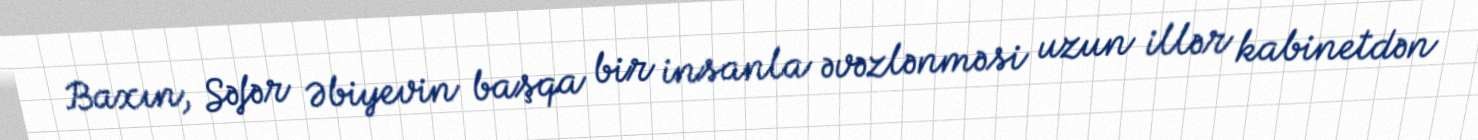
Baxın, Səfər Əbiyevin başqa bir insanla əvəzlənməsi uzun illər kabinetdən